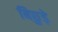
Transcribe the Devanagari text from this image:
बिछुड़े